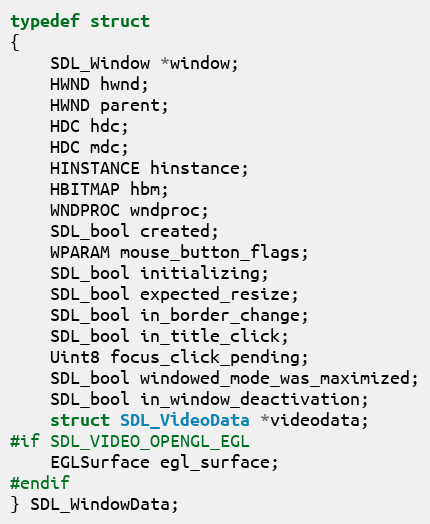
Language: C
typedef struct
{
    SDL_Window *window;
    HWND hwnd;
    HWND parent;
    HDC hdc;
    HDC mdc;
    HINSTANCE hinstance;
    HBITMAP hbm;
    WNDPROC wndproc;
    SDL_bool created;
    WPARAM mouse_button_flags;
    SDL_bool initializing;
    SDL_bool expected_resize;
    SDL_bool in_border_change;
    SDL_bool in_title_click;
    Uint8 focus_click_pending;
    SDL_bool windowed_mode_was_maximized;
    SDL_bool in_window_deactivation;
    struct SDL_VideoData *videodata;
#if SDL_VIDEO_OPENGL_EGL
    EGLSurface egl_surface;
#endif
} SDL_WindowData;